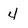
Character: 4